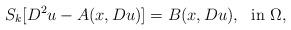
LaTeX: \begin{align*} S_k[D^2u-A(x,Du)]=B(x,Du), \ \ {\rm in} \ \Omega, \end{align*}